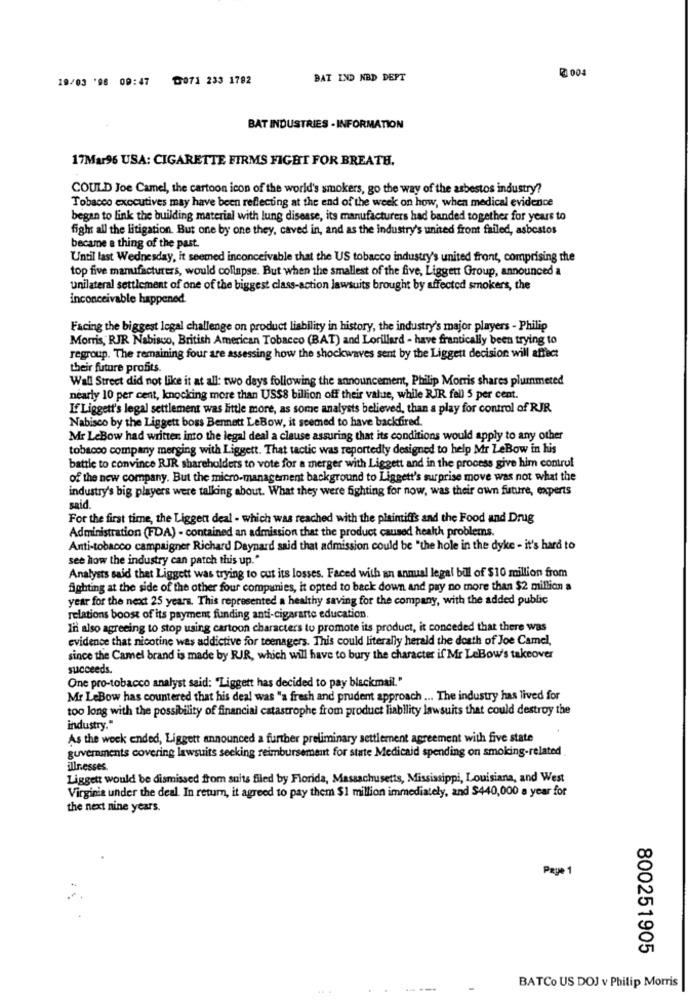
2 004
19/03 '98 09:47 ℃071 233 1782
BAT IND NBD DEPT
BAT INDUSTRIES - INFORMATION
17Mar96 USA: CIGARETTE FIRMS FIGHT FOR BREATH.
COULD Joe Camel, the cartoon icon of the world's smokers, go the way of the asbestos industry?
Tobacco executives may have been reflecting at the end of the week on how, when medical evidence
began to link the building material with lung disease, its manufacturers had banded together for years to
fight all the litigation. But one by one they, caved in, and as the industry's united front failed, asbestos
became a thing of the past.
Until last Wednesday, it seemed inconceivable that the US tobacco industry's united front, comprising the
top five manufacturers, would collapse. But when the smallest of the five, Liggett Group, announced a
unilateral settlement of one of the biggest class-action lawsuits brought by affected smokers, the
inconceivable happened
Facing the biggest legal challenge on product liability in history, the industry's major players - Philip
Morris,' RJR Nabisco, British American Tobacco (BAT) and Lorillard - have frantically been trying to
regroup. The remaining four are assessing how the shockwaves sent by the Liggett decision will affect
their future profits.
Wall Street did not like it at all: two days following the announcement, Philip Morris shares plummeted
nearly 10 per cent, knocking more than USS8 billion off their value, while RJR fell 5 per cent.
If Liggett's legal settlement was little more, as some analysts believed, than a play for control of RJR
Nabisco by the Liggett boss Bennett LeBow, it seemed to have backfired.
Mr LeBow had written into the legal deal a clause assuring that its conditions would apply to any other
tobacco company merging with Liggett. That tactic was reportedly designed to help Mr LeBow in his
battle to convince RIR shareholders to vote for a merger with Liggett and in the process give him control
of the new company. But the micro-management background to Liggett's surprise move was not what the
industry's big players were talking about. What they were fighting for now, was their own future, experts
said.
For the first time, the Liggen deal - which was reached with the plaintiffs and the Food and Drug
Administration (FDA) - contained an admission that the product caused health problems.
Anti-tobacco campaigner Richard Daynard said that admission could be "the hole in the dyke - it's hard to
see how the industry can patch this up."
Analysts said thet Liggett was trying to cut its losses. Faced with an annual legal bill of $10 million from
fighting at the side of the other four companies, it opted to back down and pay no more than $2 million a
year for the next 25 years. This represented a healthy saving for the company, with the added public
relations boost of its payment funding anti-cigarante education.
In also agreeing to stop using cartoon characters to promote its product, it conceded that there was
evidence that nicotine was addictive for teenagers. This could literally herald the death of Joe Camel,
since the Camel brand is made by RJR, which will have to bury the character if Mr LeBow's takeover
succeeds.
One pro-tobacco analyst said: "Liggett has decided to pay blackmail."
Mr LeBow has countered that his deal was "a fresh and prudent approach ... The industry has lived for
too long with the possibility of financial catastrophe from product liability lawsuits that could destroy the
industry."
As the week ended, Liggett announced a further preliminary settlement agreement with five state
guvernments covering lawsuits seeking reimbursement for state Medicaid spending on smoking-related
illr.esses.
Liggett would be dismissed from suits filed by Florida, Massachusetts, Mississippi, Louisiana, and West
Virginia under the deal In return, it agreed to pay them $1 million immediately, and $440,000 a year for
the next nine years.
Paye 1
800251905
BATCo US DOJ v Philip Morris